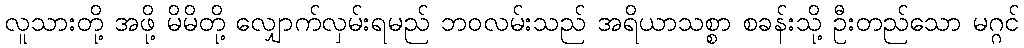
လူသားတို့ အဖို့ မိမိတို့ လျှောက်လှမ်းရမည် ဘဝလမ်းသည် အရိယာသစ္စာ စခန်းသို့ ဦးတည်သော မဂ္ဂင်